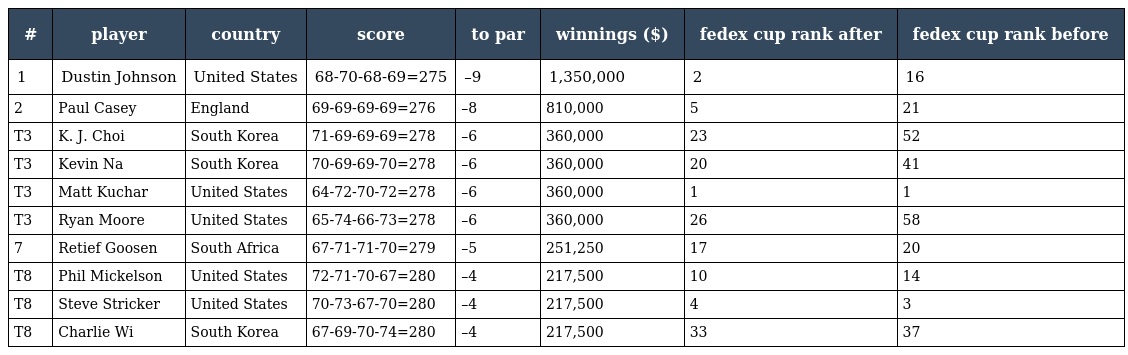
| # | player | country | score | to par | winnings ($) | fedex cup rank after | fedex cup rank before |
 | --- | --- | --- | --- | --- | --- | --- | --- |
 | 1 | Dustin Johnson | United States | 68-70-68-69=275 | –9 | 1,350,000 | 2 | 16 |
 | 2 | Paul Casey | England | 69-69-69-69=276 | –8 | 810,000 | 5 | 21 |
 | T3 | K. J. Choi | South Korea | 71-69-69-69=278 | –6 | 360,000 | 23 | 52 |
 | T3 | Kevin Na | South Korea | 70-69-69-70=278 | –6 | 360,000 | 20 | 41 |
 | T3 | Matt Kuchar | United States | 64-72-70-72=278 | –6 | 360,000 | 1 | 1 |
 | T3 | Ryan Moore | United States | 65-74-66-73=278 | –6 | 360,000 | 26 | 58 |
 | 7 | Retief Goosen | South Africa | 67-71-71-70=279 | –5 | 251,250 | 17 | 20 |
 | T8 | Phil Mickelson | United States | 72-71-70-67=280 | –4 | 217,500 | 10 | 14 |
 | T8 | Steve Stricker | United States | 70-73-67-70=280 | –4 | 217,500 | 4 | 3 |
 | T8 | Charlie Wi | South Korea | 67-69-70-74=280 | –4 | 217,500 | 33 | 37 |